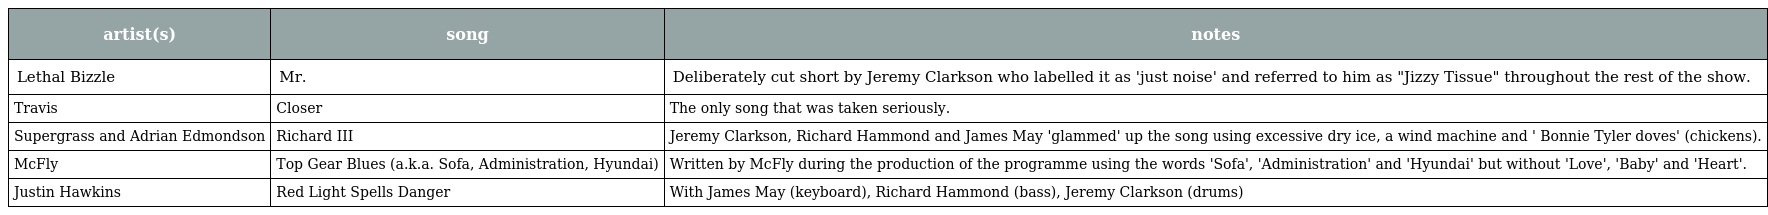
| artist(s) | song | notes |
 | --- | --- | --- |
 | Lethal Bizzle | Mr. | Deliberately cut short by Jeremy Clarkson who labelled it as 'just noise' and referred to him as "Jizzy Tissue" throughout the rest of the show. |
 | Travis | Closer | The only song that was taken seriously. |
 | Supergrass and Adrian Edmondson | Richard III | Jeremy Clarkson, Richard Hammond and James May 'glammed' up the song using excessive dry ice, a wind machine and ' Bonnie Tyler doves' (chickens). |
 | McFly | Top Gear Blues (a.k.a. Sofa, Administration, Hyundai) | Written by McFly during the production of the programme using the words 'Sofa', 'Administration' and 'Hyundai' but without 'Love', 'Baby' and 'Heart'. |
 | Justin Hawkins | Red Light Spells Danger | With James May (keyboard), Richard Hammond (bass), Jeremy Clarkson (drums) |